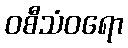
ဝစီသံဝရော